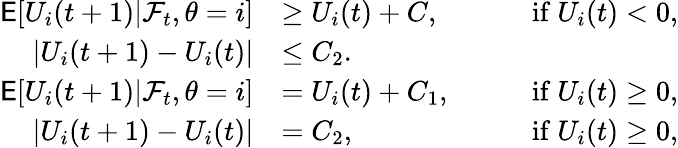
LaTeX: \begin{array}{rlrl}{\mathsf{E}[U_{i}(t+1)|\mathcal{F}_{t},\theta=i]}&{\ge U_{i}(t)+C,}&{\quad}&{\mathrm{if~}U_{i}(t)<0,}\\ {|U_{i}(t+1)-U_{i}(t)|}&{\le C_{2}.}&&{}\\ {\mathsf{E}[U_{i}(t+1)|\mathcal{F}_{t},\theta=i]}&{=U_{i}(t)+C_{1},}&{\quad}&{\mathrm{if~}U_{i}(t)\ge 0,}\\ {|U_{i}(t+1)-U_{i}(t)|}&{=C_{2},}&{\quad}&{\mathrm{if~}U_{i}(t)\ge 0,}\end{array}